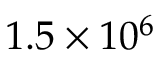
1 . 5 \times 1 0 ^ { 6 }